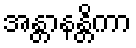
အန္တာနန္တိကာ